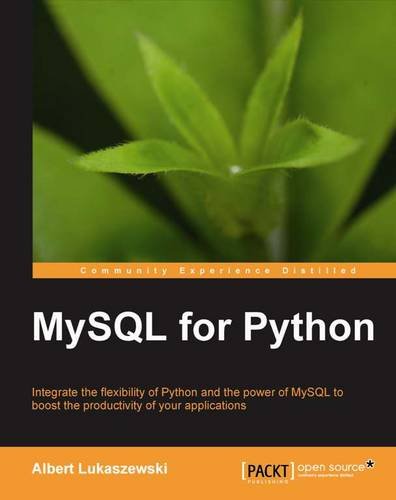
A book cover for MySQL for Python; Albert Lukaszewski; Computers & Technology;